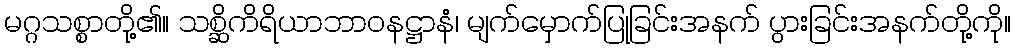
မဂ္ဂသစ္စာတို့၏။ သစ္ဆိကိရိယာဘာဝနဋ္ဌာနံ၊ မျက်မှောက်ပြုခြင်းအနက် ပွားခြင်းအနက်တို့ကို။